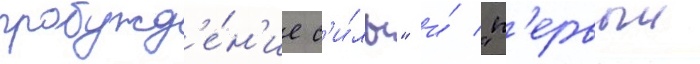
пробужд'е́н'ие с'и́лы" и́ "п'ервыи